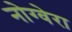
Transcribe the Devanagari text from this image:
नोग्वेरा